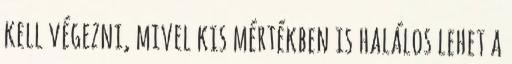
kell végezni, mivel kis mértékben is halálos lehet a